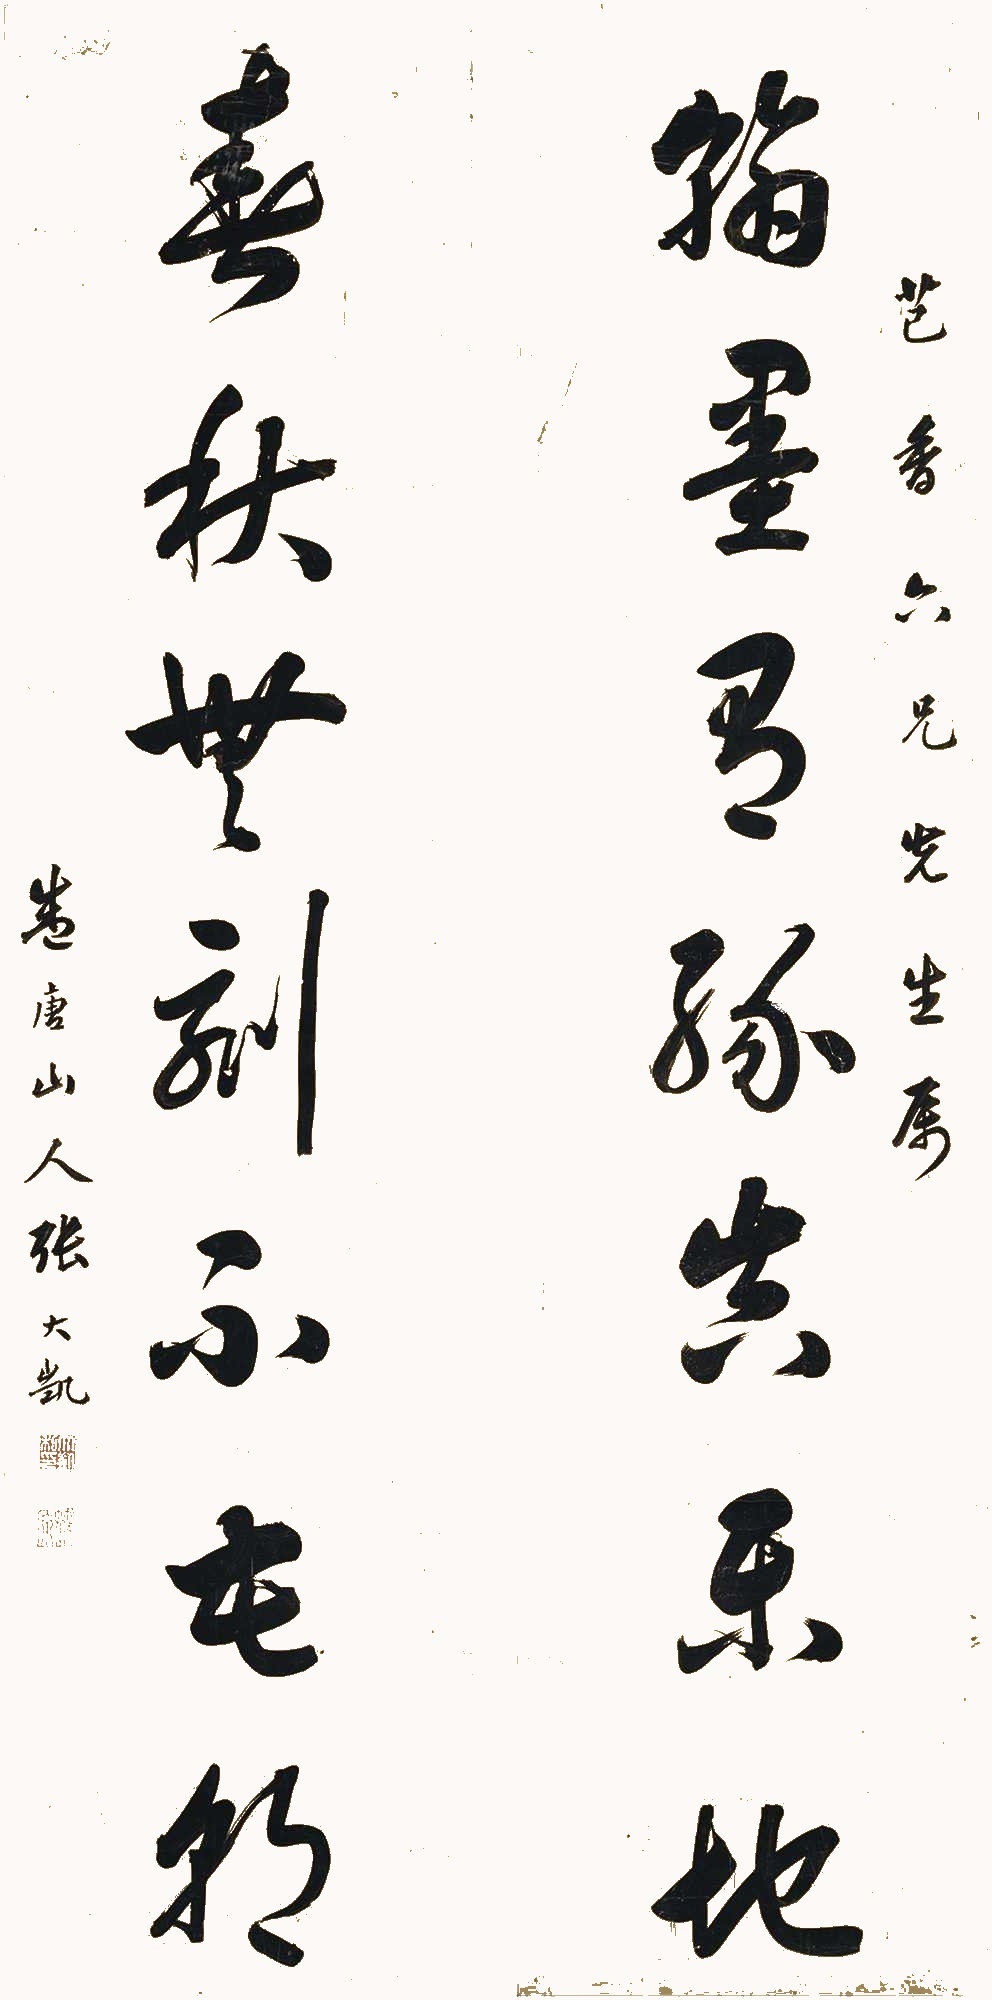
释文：翰墨有缘真乐地，春秋无刻不花朝。芑香六兄先生属，盛唐山人张大凯。